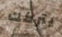
يتركك